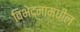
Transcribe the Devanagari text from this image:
विभेद्नामधील